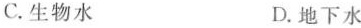
C.生物水 D.地下水